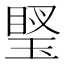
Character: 𤦼